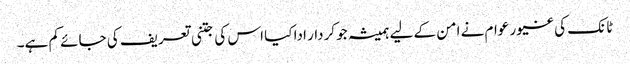
ٹانک کی غیور عوام نے امن کے لیے ہمیشہ جو کردار ادا کیا اس کی جتنی تعریف کی جائے کم ہے۔